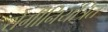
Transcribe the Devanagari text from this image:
रोगीनियंत्रित